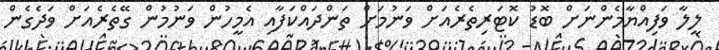
ލީލާ ވަފިއްޔާމެންނަށް ބޮޑު ކޮޓަރިތެރެއަށް ވަނުމަށް ތަންދައްކަފާއި އެމީހުން ވަނުމުން ގޭތެރެއަށް ވަދެގެން